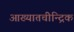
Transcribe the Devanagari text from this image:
आख्यातचीन्द्रिक